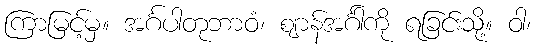
ကြာမြင့်မှ။ အင်္ဂပါတုဘာဝံ၊ ဈာန်အင်္ဂါကို ရခြင်းသို့။ ဝါ၊